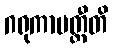
ဂရုကာပတ္တီတိ